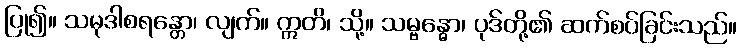
ပြု၍။ သမုဒါစရန္တော၊ လျက်။ ဣတိ၊ သို့။ သမ္ဗန္ဓော၊ ပုဒ်တို့၏ ဆက်စပ်ခြင်းသည်။